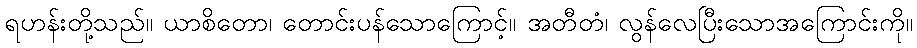
ရဟန်းတို့သည်။ ယာစိတော၊ တောင်းပန်သောကြောင့်။ အတီတံ၊ လွန်လေပြီးသောအကြောင်းကို။